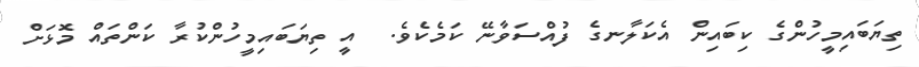
ތިޔަބައިމީހުންގެ ކިބައިން އެކަލާނގެ ފުއްސަވާނޭ ކަމެކެވެ.  އީ ތިޔަބައިމީހުންކުރާ ކަންތައް މޮޅަށް